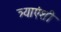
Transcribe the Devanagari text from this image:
त्र्याएंशी